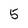
Character: 5